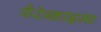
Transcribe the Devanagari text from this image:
पैरेन्काइमा